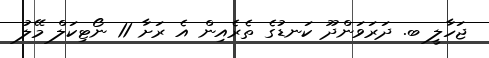
ޖަހާލީ ބ. ދަރަވަންދޫ ކަނޑުގެ ތެރެއިން އެ ރަށާ 11 ނޯޓިކަލް މޭލު